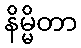
နိမ္မိတာ